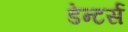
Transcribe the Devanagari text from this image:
डेन्टर्स